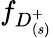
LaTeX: f_{D_{(s)}^{+}}